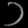
Digit: ၁